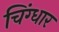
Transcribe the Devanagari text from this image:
चिंग्धार